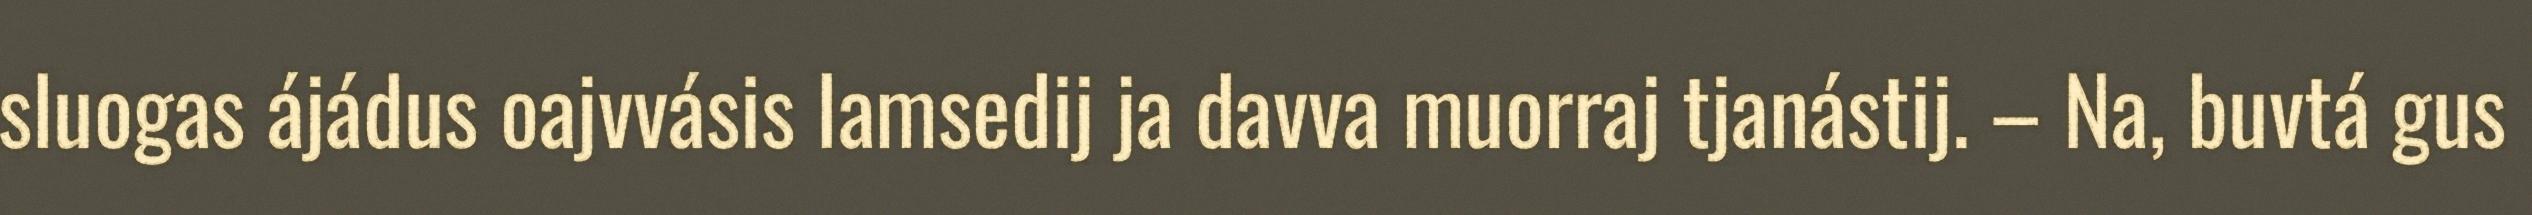
sluogas ájádus oajvvásis lamsedij ja davva muorraj tjanástij. – Na, buvtá gus